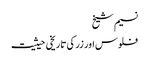
نسیم شیخ
فلوس اور زر کی تاریخی حیثیت